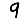
Digit: 9